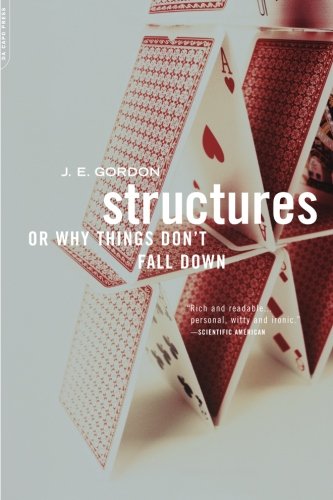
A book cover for Structures: Or Why Things Don't Fall Down; J.e. Gordon; Engineering & Transportation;